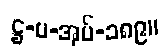
ဋ္ဌ-ပ-အုပ်-၁၈၉။